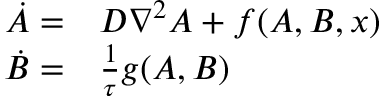
\begin{array} { r l } { \dot { A } = } & { { } D \nabla ^ { 2 } A + f ( A , B , x ) } \\ { \dot { B } = } & { { } \frac { 1 } { \tau } g ( A , B ) } \end{array}